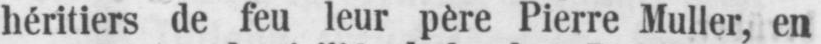
héritiers de feu leur père Pierre Muller, en